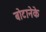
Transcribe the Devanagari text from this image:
बोटानेके